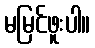
မမြင်ဖူးပါ။